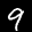
Label: 9